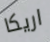
اريكا